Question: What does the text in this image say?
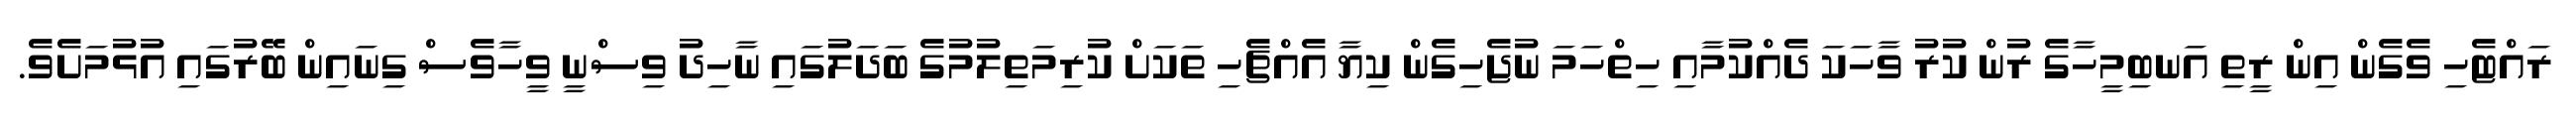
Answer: ރައްޓެހި ވެގެން އިން ރީތި އަނބިމީހާގެ ރުން ކުރު ވާހަކަ ދެއްކުމާއި ހިތްހަމަ ނުޖެހިގެން ކިޔާ އެއްޗެހި ތަކަށް ކުރިމަތިލުމުގެ ބަދަލުގައި ނާހިދު ވިސްނީ ވީހާވެސް ގިނައިން ބޭރުގައި އުޅުމަށެވެ.